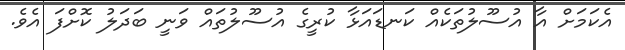
އެކަމަށް އާ އުސޫލުތަކެއް ކަނޑައަޅާ ކުރީގެ އުސޫލުތައް ވަނީ ބަދަލު ކޮށްފަ އެވެ.